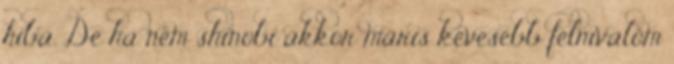
hiba. De ha nem shinobi akkor máris kevesebb félnivalóm